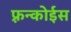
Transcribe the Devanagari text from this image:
फ़्रन्कोईस